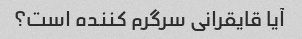
آیا قایقرانی سرگرم کننده است؟